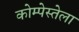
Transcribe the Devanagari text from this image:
कोम्पेस्तेला